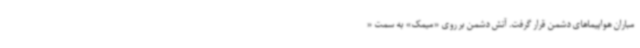
مباران هواپیماهای دشمن قرار گرفت. آتش دشمن بر روی «میمک» به سمت «